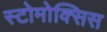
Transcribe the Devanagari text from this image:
स्टोमोक्सिस